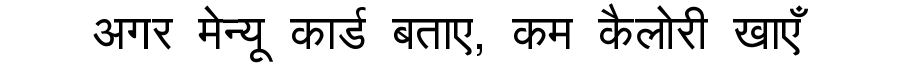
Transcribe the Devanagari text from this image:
अगर मेन्यू कार्ड बताए, कम कैलोरी खाएँ